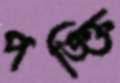
পঙ্ক্তি